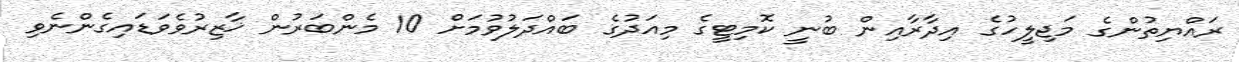
ރައްޔިތުންގެ މަޖިލީހުގެ އިދާރާއިން ބުނީ ކޮމިޓީގެ މިއަދުގެ ބައްދަލުވުމަށް 10 މެންބަރުން ޚާޒިރުވެވަޑައިގެންނެވި